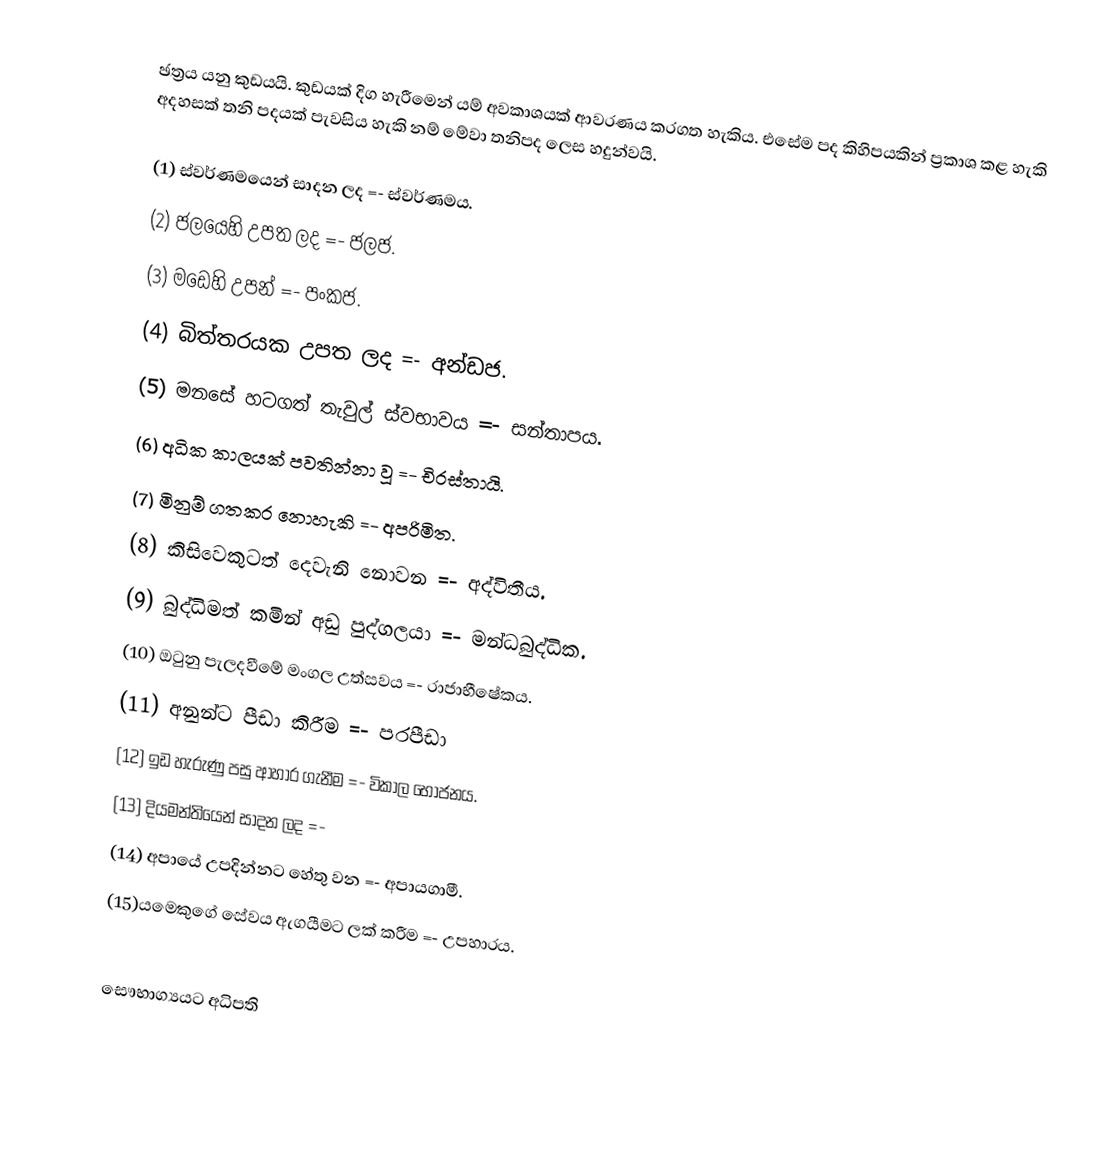
ඡත්‍රය යනු කුඩයයි. කුඩයක් දිග හැරීමෙන් යම් අවකාශයක් ආවරණය කරගත හැකිය. එසේම පද කිහිපයකින් ප්‍රකාශ කළ හැකි අදහසක් තනි පදයක් පැවසිය හැකි නම් මේවා තනිපද ලෙස හදුන්වයි.

(1) ස්වර්ණමයෙන් සාදන ලද =- ස්වර්ණමය.
(2) ජලයෙහි උපත ලද =- ජලජ.
(3) මඩෙහි උපන් =- පංකජ.
(4) බිත්තරයක උපත  ලද =-  අන්ඩජ.
(5) මනසේ හටගත් තැවුල් ස්වභාවය =- සන්තාපය.
(6) අධික කාලයක් පවතින්නා වූ =- චිරස්තායි.
(7) මිනුම් ගතකර නොහැකි =- අපරිමිත.
(8) කිසිවෙකුටත් දෙවැනි නොවන =- අද්විතීය.
(9) බුද්ධිමත් කමින් අඩු පුද්ගලයා =- මන්ධබුද්ධික.
(10) ඔටුනු පැලදවීමේ මංගල උත්සවය =- රාජාභීෂේකය.
(11) අනුන්ට පීඩා කිරීම =- පරපීඩා
(12) ඉඩ හැරුණු පසු ආහාර ගැනීම =- විකාල භෝජනය.
(13) දියමන්තියෙන් සාදන ලද =-
(14) අපායේ උපදින්නට හේතු වන =- අපායගාමී.
(15)යමෙකුගේ සේවය ඇගයීමට ලක් කරීම =- උපහාරය.

 සෞභාග්‍යයට අධිපති